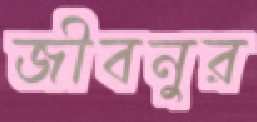
জীবনুর